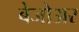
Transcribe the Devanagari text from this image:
बेजोअर